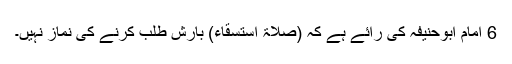
6 امام ابوحنیفہؒ کی رائے ہے کہ (صلاۃ استسقاء) بارش طلب کرنے کی نماز نہیں۔